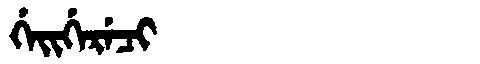
Manchu: ᡤᡝᡳᡤᡝᡵᡝᠴᡳ
Romanization: GEIGERECI